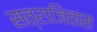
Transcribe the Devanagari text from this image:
सत्राजितास